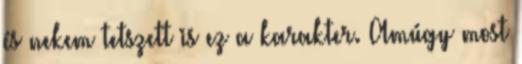
és nekem tetszett is ez a karakter. Amúgy most